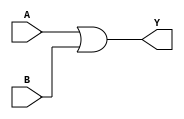
module OR2X2 (A, B, Y);
input  A ;
input  B ;
output Y ;

   or  (Y, A, B);

   specify
     // delay parameters
     specparam
       tpllh$B$Y = 0.26:0.26:0.26,
       tphhl$B$Y = 0.2:0.2:0.2,
       tpllh$A$Y = 0.22:0.22:0.22,
       tphhl$A$Y = 0.19:0.19:0.19;

     // path delays
     (A *> Y) = (tpllh$A$Y, tphhl$A$Y);
     (B *> Y) = (tpllh$B$Y, tphhl$B$Y);

   endspecify

endmodule